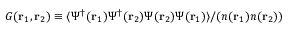
G ( \mathbf { r } _ { 1 } , \mathbf { r } _ { 2 } ) \equiv \langle \Psi ^ { \dagger } ( \mathbf { r } _ { 1 } ) \Psi ^ { \dagger } ( \mathbf { r } _ { 2 } ) \Psi ( \mathbf { r } _ { 2 } ) \Psi ( \mathbf { r } _ { 1 } ) \rangle / ( n ( \mathbf { r } _ { 1 } ) n ( \mathbf { r } _ { 2 } ) )